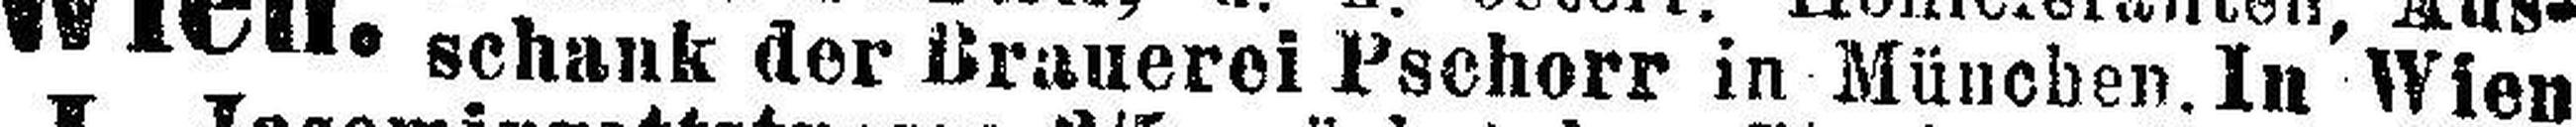
schank der Brauerei Pschorr in München. In Wien